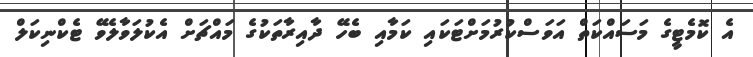
އެ ކޮމެޓީގެ މަސައްކަތް އަވަސްކުރުމަށްޓަކައި ކަމާއި ބެހޭ ދާއިރާތަކުގެ މައްޗަށް އެކުލަވާލެވޭ ޓެކްނިކަލް